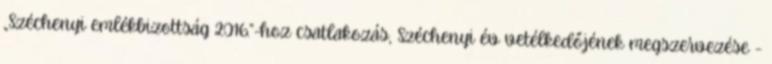
„Széchenyi emlékbizottság 2016.”-hoz csatlakozás, Széchenyi év vetélkedőjének megszervezése -